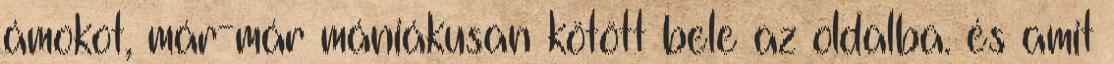
ámokot, már-már mániákusan kötött bele az oldalba. és amit